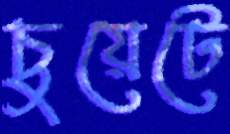
চুয়েটে